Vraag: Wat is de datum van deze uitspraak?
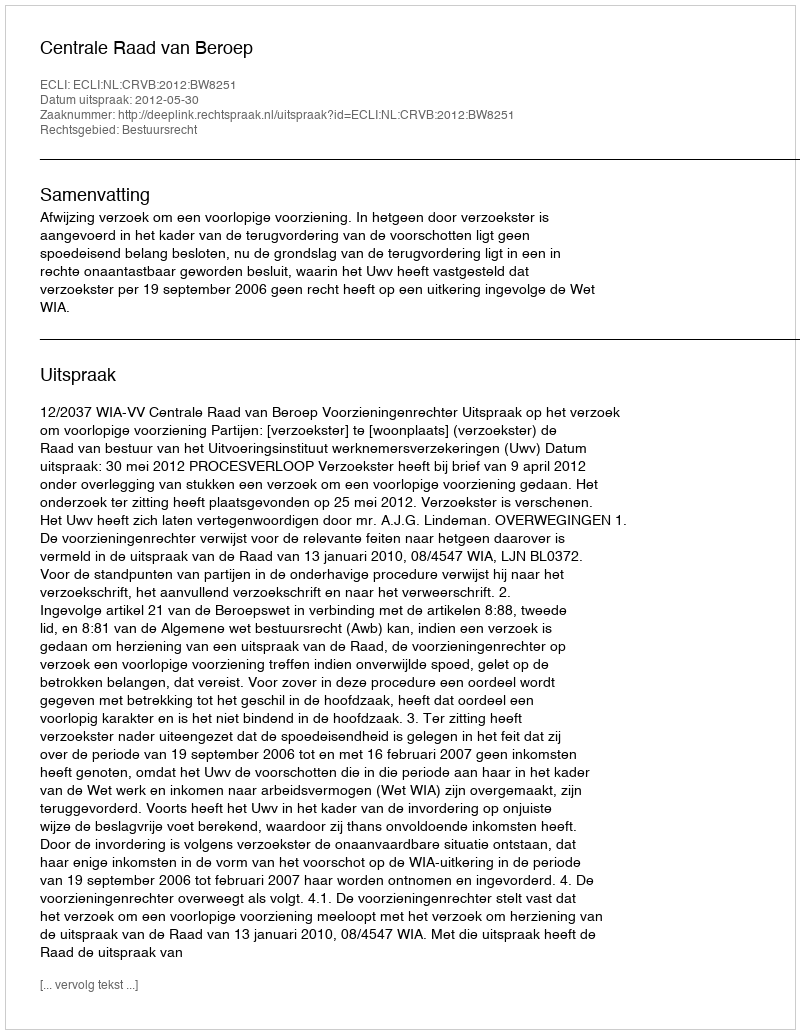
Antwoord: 2012-05-30